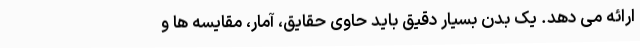
ارائه می دهد. یک بدن بسیار دقیق باید حاوی حقایق، آمار، مقایسه ها و